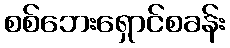
စစ်ဘေးရှောင်စခန်း